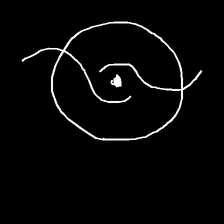
Glyph: repetition